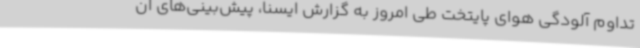
تداوم آلودگی هوای پایتخت طی امروز به گزارش ایسنا، پیش‌بینی‌های ان